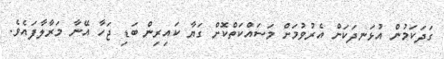
ގަދަކަމުން އުޅަނދަކަށް އެރުވުމަށް މަސައްކަތްކޮށް ގަޔާ ކައިރިން ބަޑި ޖަހާ އޭނާ މަރާލާފައެވެ.